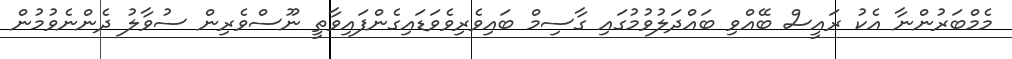
މެމްބަރުންނާ އެކު ރައީސް ބޭއްވި ބައްދަލުވުމުގައި ގާސިމް ބައިވެރިވެވަޑައިގެންފައިވާތީ ނޫސްވެރިން ސުވާލު ދެންނެވުމުން